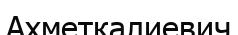
Ахметкалиевич